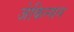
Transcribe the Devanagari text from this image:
जेकिन्सन